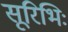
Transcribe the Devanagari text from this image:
सूरिभिः